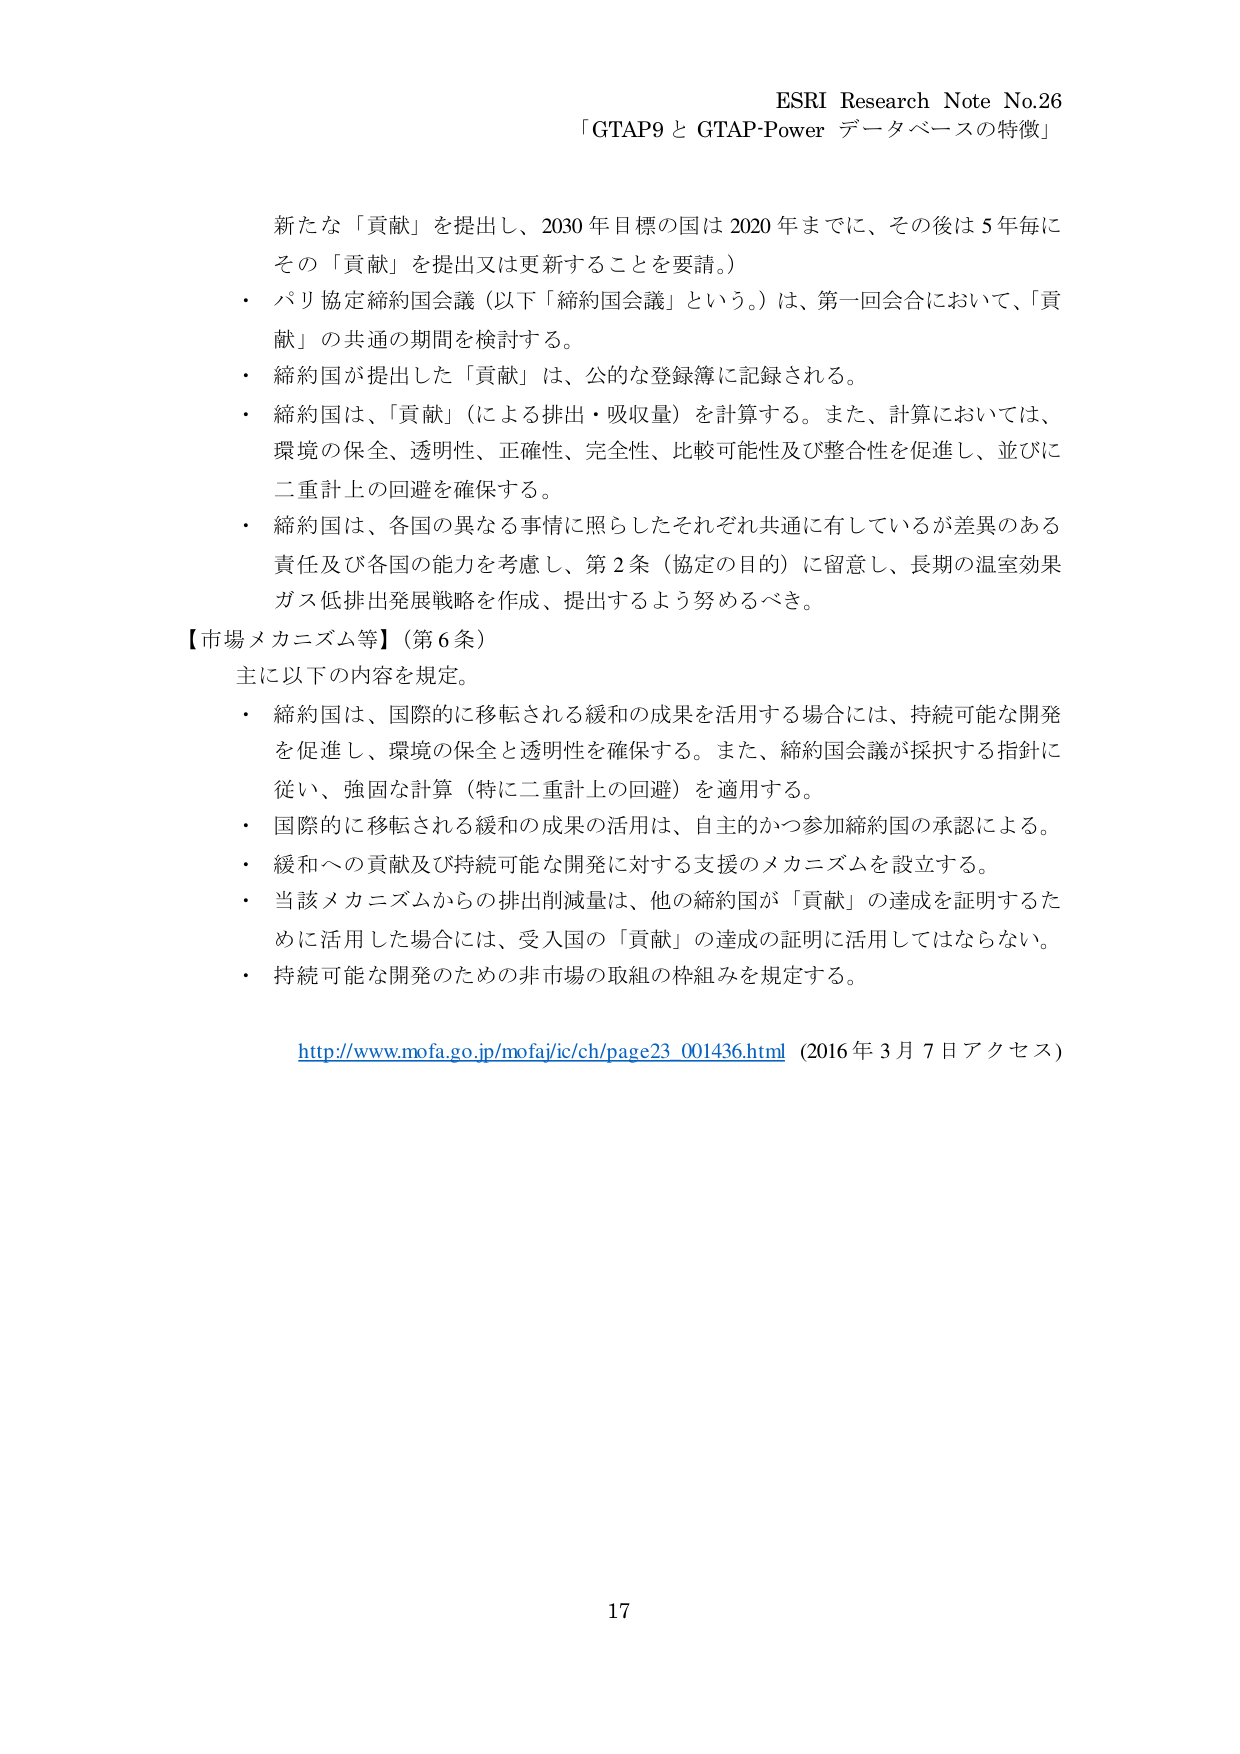
ESRI Research Note No.26
「GTAP9 と GTAP-Power データベースの特徴」

新たな「貢献」を提出し、2030 年目標の国は 2020 年までに、その後は 5 年毎にその「貢献」を提出又は更新することを要請。）
・ パリ協定締約国会議（以下「締約国会議」という。）は、第一回会合において、「貢献」の共通の期間を検討する。
・ 締約国が提出した「貢献」は、公的な登録簿に記録される。
・ 締約国は、「貢献」（による排出・吸収量）を計算する。また、計算においては、環境の保全、透明性、正確性、完全性、比較可能性及び整合性を促進し、並びに二重計上の回避を確保する。
・ 締約国は、各国の異なる事情に照らしたそれぞれ共通に有しているが差異のある責任及び各国の能力を考慮し、第 2 条（協定の目的）に留意し、長期の温室効果ガス低排出発展戦略を作成、提出するよう努めるべき。

【市場メカニズム等】（第 6 条）
主に以下の内容を規定。
・ 締約国は、国際的に移転される緩和の成果を活用する場合には、持続可能な開発を促進し、環境の保全と透明性を確保する。また、締約国会議が採択する指針に従い、強固な計算（特に二重計上の回避）を適用する。
・ 国際的に移転される緩和の成果の活用は、自主的かつ参加締約国の承認による。
・ 緩和への貢献及び持続可能な開発に対する支援のメカニズムを設立する。
・ 当該メカニズムからの排出削減量は、他の締約国が「貢献」の達成を証明するために活用した場合には、受入国の「貢献」の達成の証明に活用してはならない。
・ 持続可能な開発のための非市場の取組の枠組みを規定する。

http://www.mofa.go.jp/mofaj/ic/ch/page23_001436.html (2016年3月7日アクセス)

17